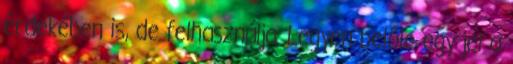
érdekében is, de felhasználja. Legyen belőle egy jel a